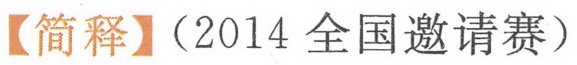
【简释】（2014 全国邀请赛）